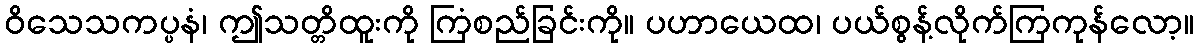
ဝိသေသကပ္ပနံ၊ ဤသတ္တိထူးကို ကြံစည်ခြင်းကို။ ပဟာယေထ၊ ပယ်စွန့်လိုက်ကြကုန်လော့။